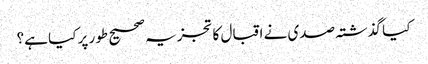
کیا گذشتہ صدی نے اقبال کا تجزیہ صحیح طور پر کیا ہے؟